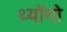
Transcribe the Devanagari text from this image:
थ्योंगो